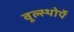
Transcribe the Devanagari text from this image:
वूल्स्थोर्पे